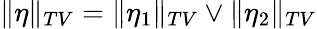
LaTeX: \| \eta\| _{TV}=\| \eta_{1}\| _{TV}\vee\| \eta_{2}\| _{TV}